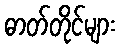
ဓာတ်တိုင်များ